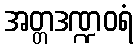
အတ္တဒဏ္ဍဝရံ